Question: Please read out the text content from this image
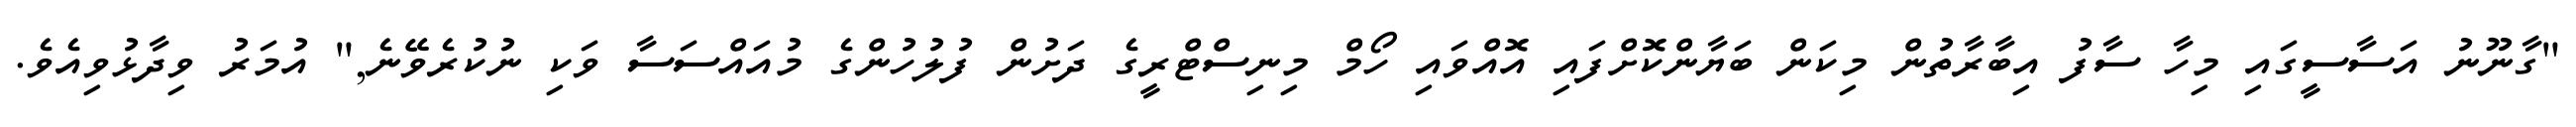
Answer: "ގާނޫނު އަސާސީގައި މިހާ ސާފު އިބާރާތުން މިކަން ބަޔާންކޮށްފައި އޮއްވައި ހޯމް މިނިސްޓްރީގެ ދަށުން ފުލުހުންގެ މުއައްސަސާ ވަކި ނުކުރެވޭނެ," އުމަރު ވިދާޅުވިއެވެ.